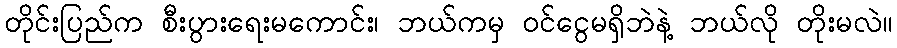
တိုင်းပြည်က စီးပွားရေးမကောင်း၊ ဘယ်ကမှ ဝင်ငွေမရှိဘဲနဲ့ ဘယ်လို တိုးမလဲ။